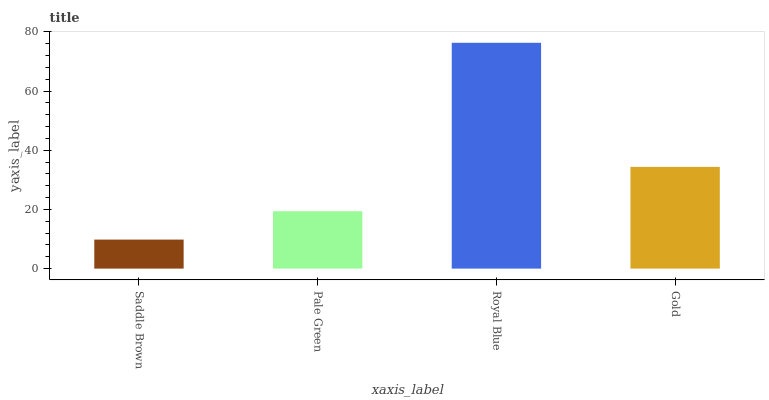
| xaxis_label | bars |
 | --- | --- |
 | Saddle Brown | 9.8 |
 | Pale Green | 19.4 |
 | Royal Blue | 76.3 |
 | Gold | 34.4 |